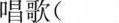
唱歌( ) 说( )